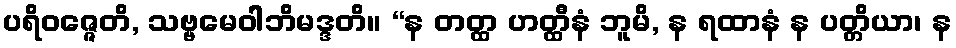
ပရိဝဇ္ဇေတိ, သဗ္ဗမေဝါဘိမဒ္ဒတိ။ “န တတ္ထ ဟတ္ထီနံ ဘူမိ, န ရထာနံ န ပတ္တိယာ၊ န